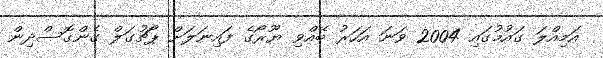
އަމިއްލަ ގައުމުގައި 2004 ވަނަ އަހަރު ބޭއްވި ޔޫރޯގެ ފައިނަލަށް ޕޯޗުގަލް ގެންގޮސްދިން